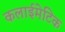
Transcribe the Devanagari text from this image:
कलाईमेटिक